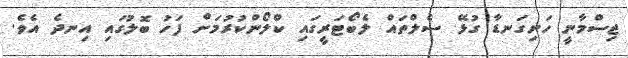
ޖިސްމާނީ ހަށިގަނޑާ ގުޅޭ ސެލްތައް ލެބޯޓަރީގައި ކްލޯންކުރުމަށް ފަހު ބޮލުގައި އިނދެ އެވެ.